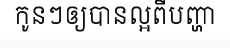
កូនៗឲ្យបានល្អពីបញ្ហា